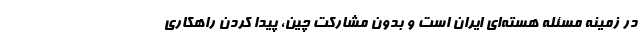
در زمینه مسئله هسته‌ای ایران است و بدون مشارکت چین، پیدا کردن راهکاری